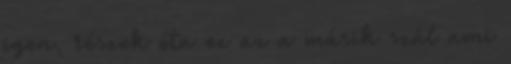
igen, részek óta ez az a másik szál ami